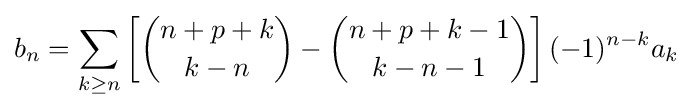
b_{n}=\sum _{k\geq n}\left[{\binom {n+p+k}{k-n}}-{\binom {n+p+k-1}{k-n-1}}\right](-1)^{n-k}a_{k}